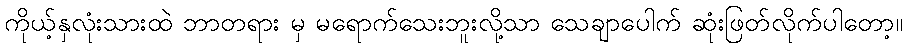
ကိုယ့်နှလုံးသားထဲ ဘာတရား မှ မရောက်သေးဘူးလို့သာ သေချာပေါက် ဆုံးဖြတ်လိုက်ပါတော့။